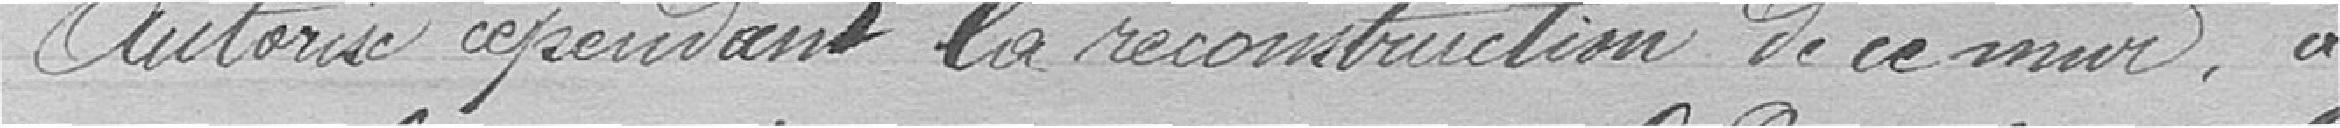
Autorise cependant la reconstruction de ce mur, à